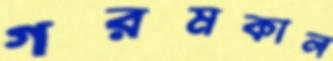
গরমকাল